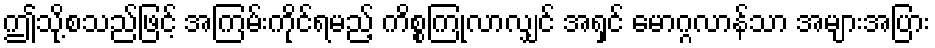
ဤသို့စသည်ဖြင့် အကြမ်းကိုင်ရမည့် ကိစ္စကြုံလာလျှင် အရှင် မောဂ္ဂလာန်သာ အများအပြား